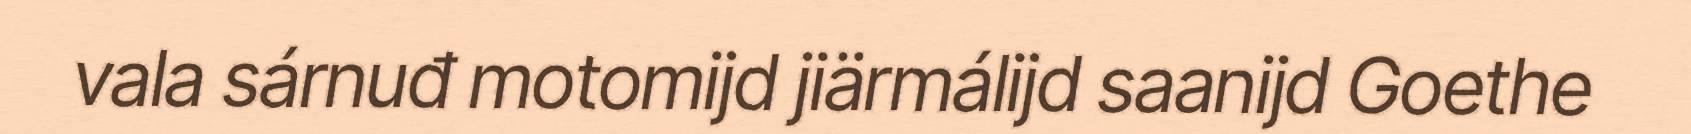
vala sárnuđ motomijd jiärmálijd saanijd Goethe